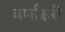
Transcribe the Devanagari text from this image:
वर्णाक्षरी